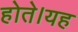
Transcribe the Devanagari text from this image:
होते।यह